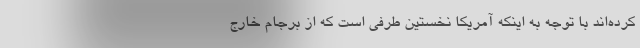
کرده‌اند با توجه به اینکه آمریکا نخستین طرفی است که از برجام خارج